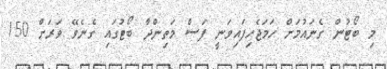
މި ބޯޓުން ގެނައުމަށް ހަމަޖެހިފައިވަނީ ފަސް މަތިންދާ ބޯޓުގައި ގެނެވޭ ވަރަށް 150